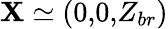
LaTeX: {\mathbf X}\simeq(0,\! 0,\! Z_{br})